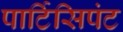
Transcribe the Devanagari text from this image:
पार्टिसिपंट